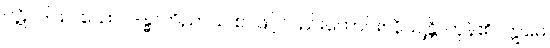
ပဋိပဒါယ၊ သော။ ဒန္ဓာဘိညာယ စ၊ ဖြင့်လည်းကောင်း။ နိယျန္တိ၊ ကုန်၏။ ဣမေ